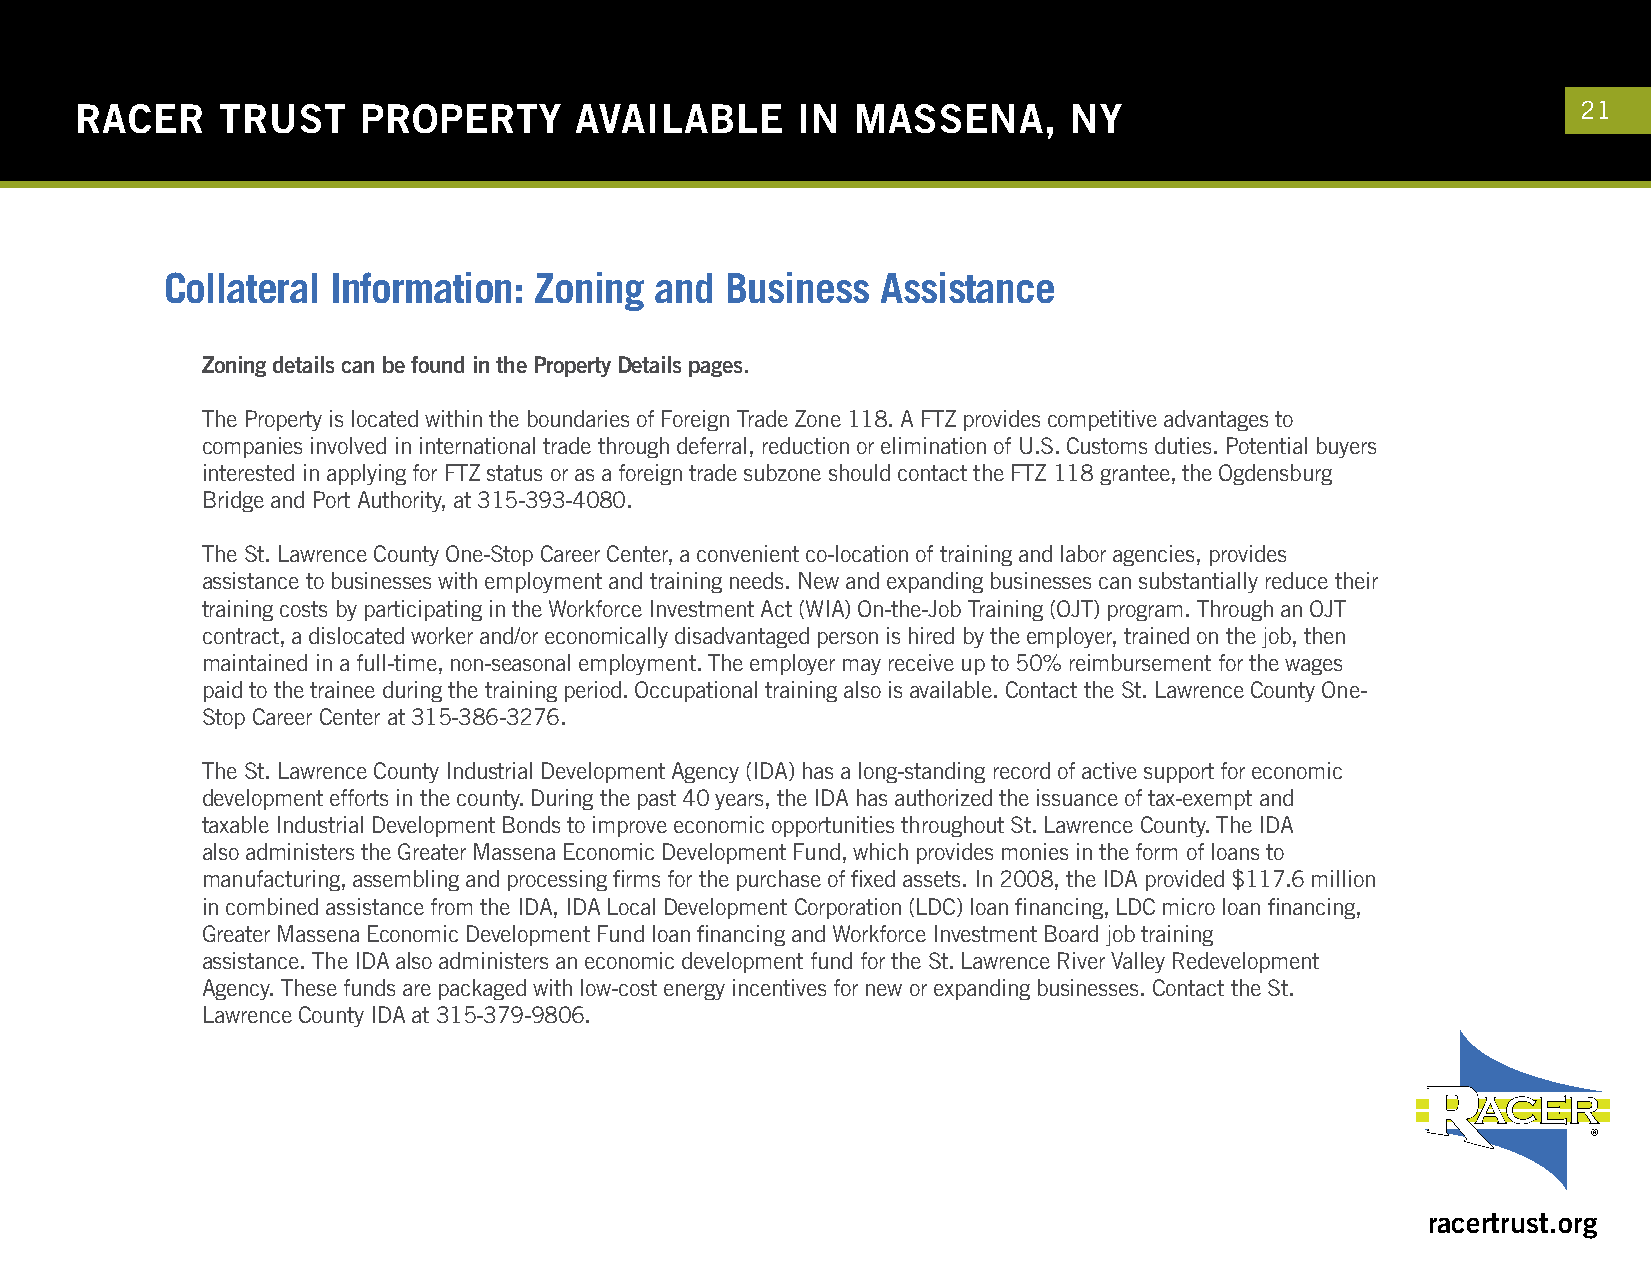
RACER    TRUST     PROPERTY      AVAILABLE      IN  MASSENA,      NY                                21
 Collateral Information: Zoning  and  Business  Assistance
 Zoning details can be found in the Property Details pages.
 The Property is located within the boundaries of Foreign Trade Zone 118. A FTZ provides competitive advantages to
 companies involved in international trade through deferral, reduction or elimination of U.S. Customs duties. Potential buyers
 interested in applying for FTZ status or as a foreign trade subzone should contact the FTZ 118 grantee, the Ogdensburg
 Bridge and Port Authority, at 315-393-4080.
 The St. Lawrence County One-Stop Career Center, a convenient co-location of training and labor agencies, provides
 assistance to businesses with employment and training needs. New and expanding businesses can substantially reduce their
 training costs by participating in the Workforce Investment Act (WIA) On-the-Job Training (OJT) program. Through an OJT
 contract, a dislocated worker and/or economically disadvantaged person is hired by the employer, trained on the job, then
 maintained in a full-time, non-seasonal employment. The employer may receive up to 50% reimbursement for the wages
 paid to the trainee during the training period. Occupational training also is available. Contact the St. Lawrence County One-
 Stop Career Center at 315-386-3276.
 The St. Lawrence County Industrial Development Agency (IDA) has a long-standing record of active support for economic
 development efforts in the county. During the past 40 years, the IDA has authorized the issuance of tax-exempt and
 taxable Industrial Development Bonds to improve economic opportunities throughout St. Lawrence County. The IDA
 also administers the Greater Massena Economic Development Fund, which provides monies in the form of loans to
 manufacturing, assembling and processing firms for the purchase of fixed assets. In 2008, the IDA provided $117.6 million
 in combined assistance from the IDA, IDA Local Development Corporation (LDC) loan financing, LDC micro loan financing,
 Greater Massena Economic Development Fund loan financing and Workforce Investment Board job training
 assistance. The IDA also administers an economic development fund for the St. Lawrence River Valley Redevelopment
 Agency. These funds are packaged with low-cost energy incentives for new or expanding businesses. Contact the St.
 Lawrence County IDA at 315-379-9806.
 racertrust.org